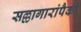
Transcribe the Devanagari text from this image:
सल्लागारांपैकी